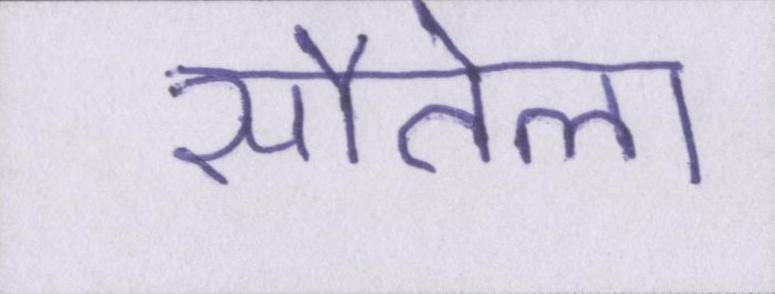
सौतेला